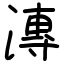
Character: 漙